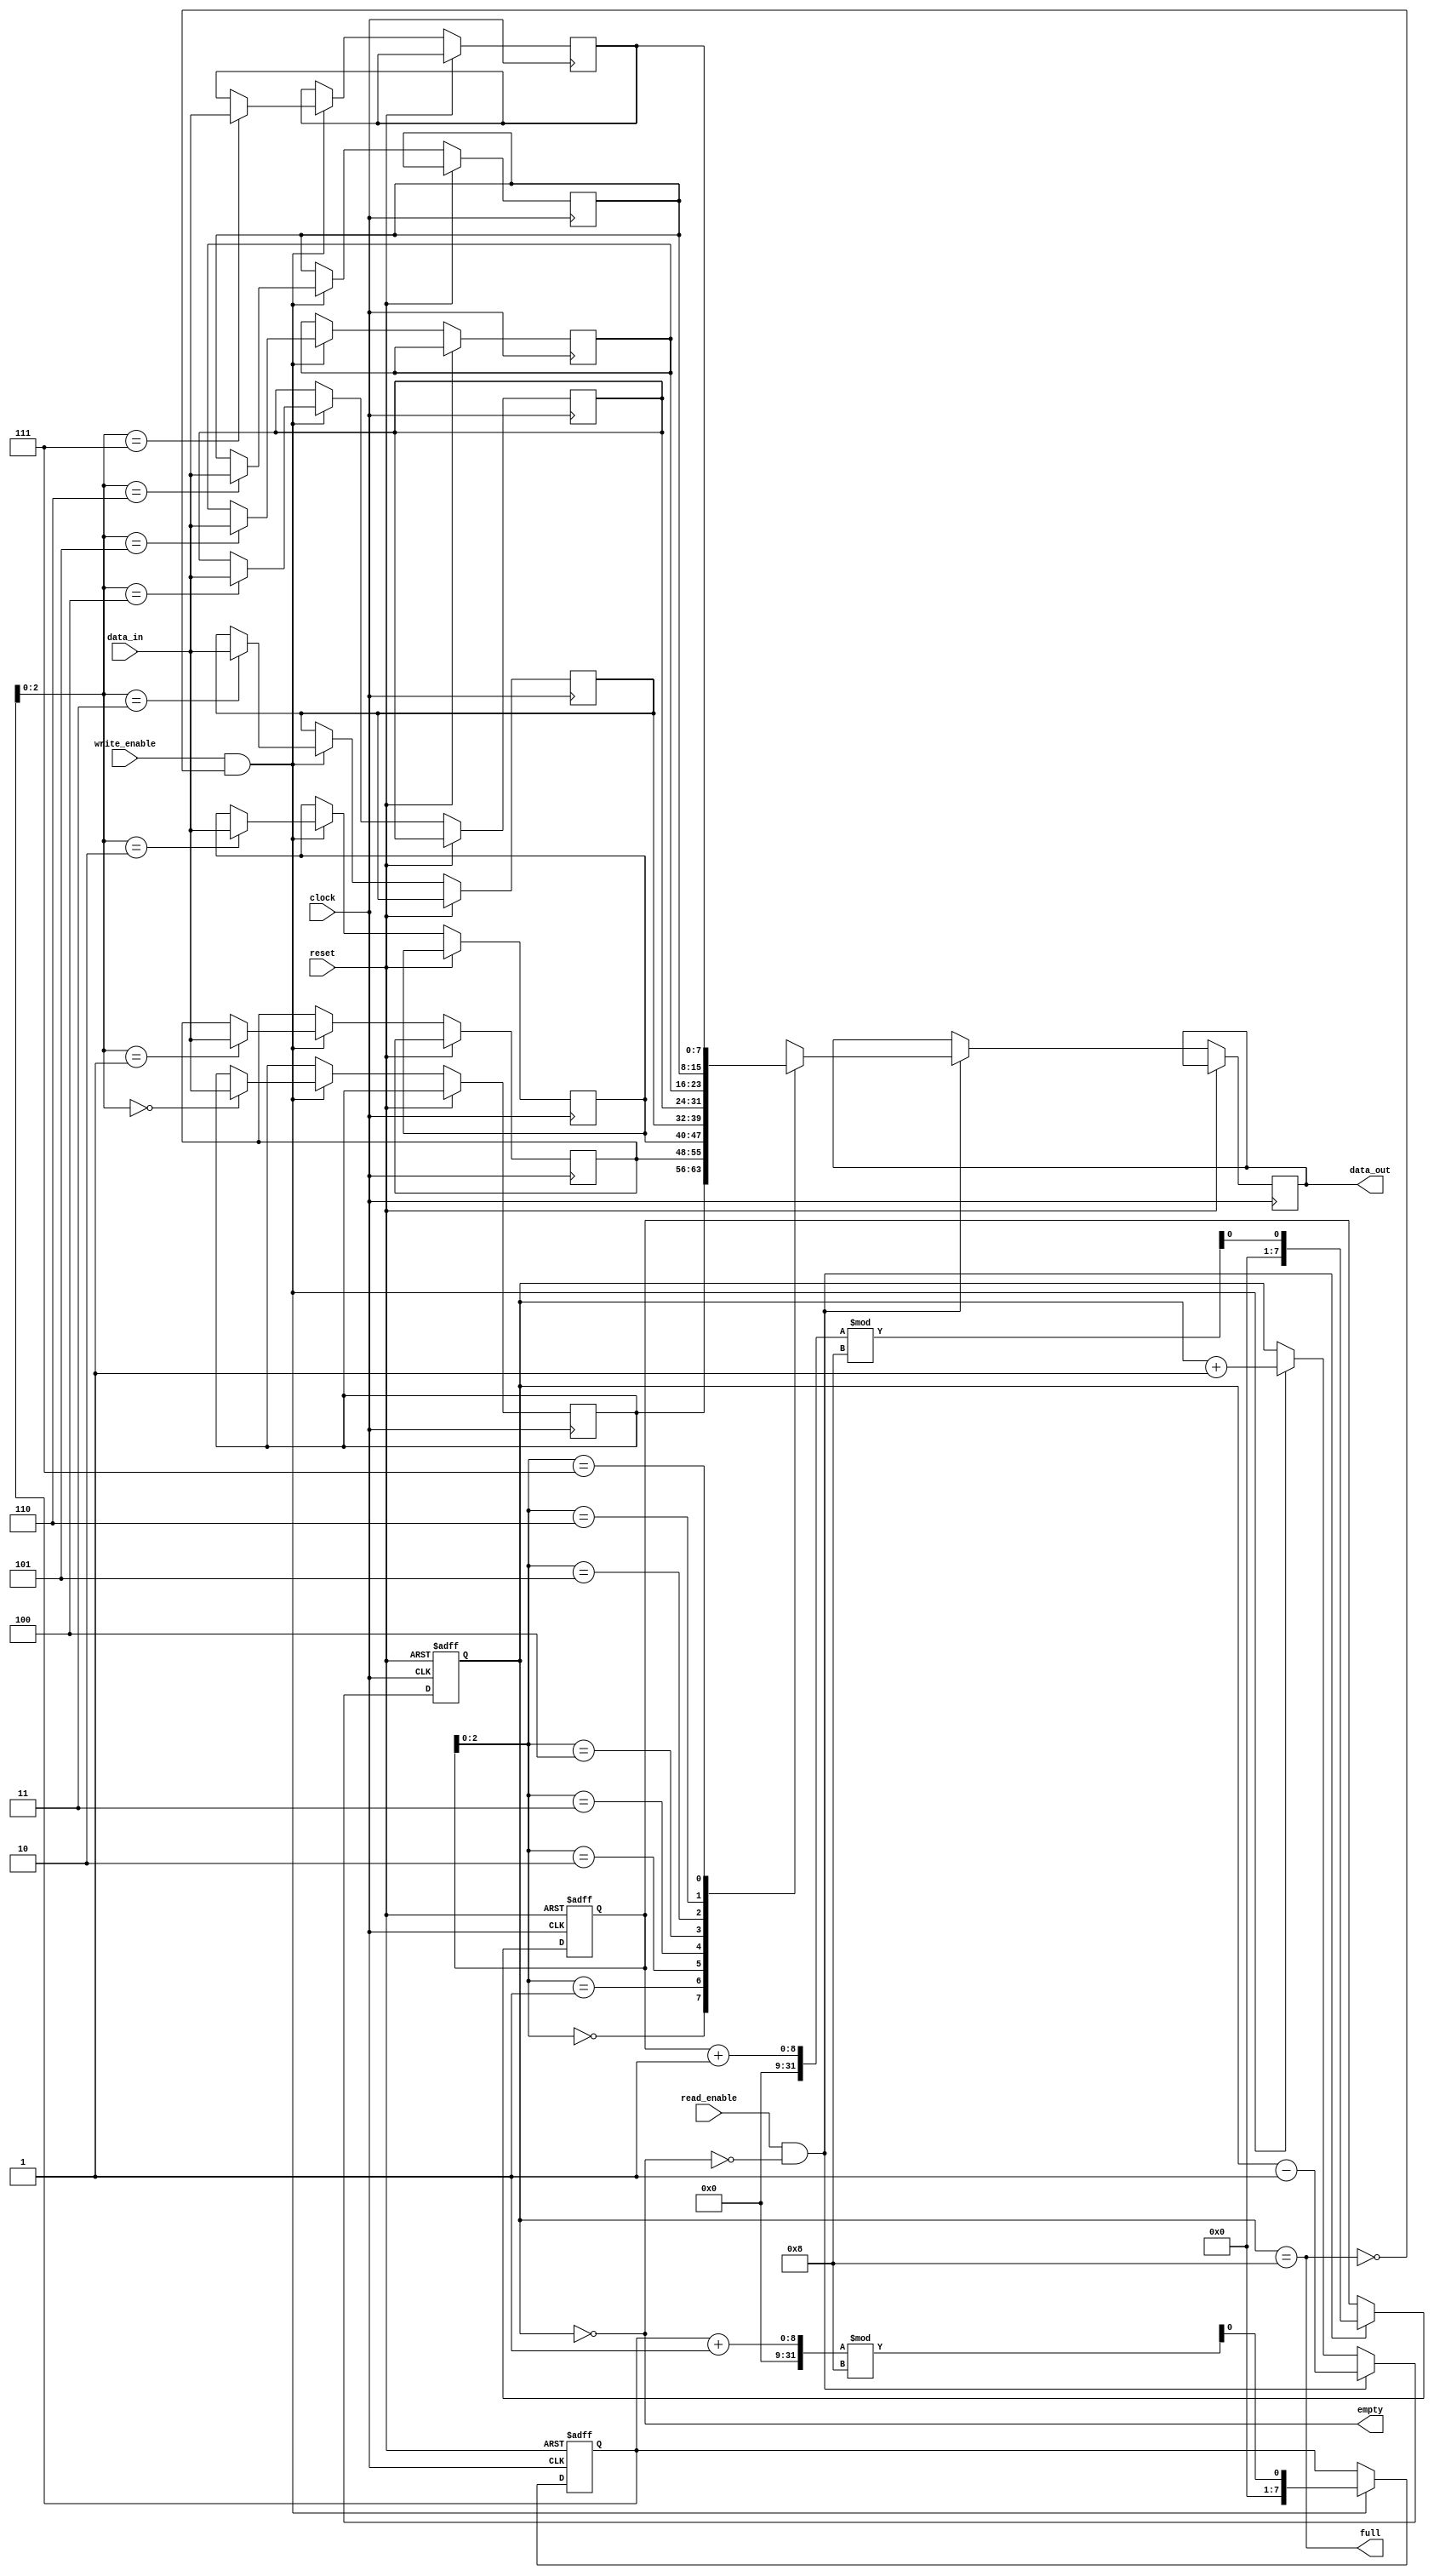
module Circular_FIFO (
    input wire clock,
    input wire reset,
    input wire write_enable,
    input wire read_enable,
    input wire [DATA_WIDTH-1:0] data_in,
    output reg [DATA_WIDTH-1:0] data_out,
    output wire empty,
    output wire full
);

parameter FIFO_SIZE = 8;
parameter DATA_WIDTH = 8;

reg [DATA_WIDTH-1:0] buffer [0:FIFO_SIZE-1];
reg [FIFO_SIZE-1:0] write_ptr = 0;
reg [FIFO_SIZE-1:0] read_ptr = 0;
reg [FIFO_SIZE:0] count = 0;

wire next_write_ptr = (write_ptr + 1) % FIFO_SIZE;
wire next_read_ptr = (read_ptr + 1) % FIFO_SIZE;

always @(posedge clock or posedge reset) begin
    if (reset) begin
        write_ptr <= 0;
        read_ptr <= 0;
        count <= 0;
    end else begin
        if (write_enable && !full) begin
            buffer[write_ptr] <= data_in;
            write_ptr <= next_write_ptr;
            count <= count + 1;
        end
        if (read_enable && !empty) begin
            data_out <= buffer[read_ptr];
            read_ptr <= next_read_ptr;
            count <= count - 1;
        end
    end
end

assign empty = (count == 0);
assign full = (count == FIFO_SIZE);

endmodule